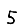
Digit: 5